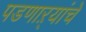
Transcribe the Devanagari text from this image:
पडणाऱ्यांचे